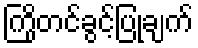
ကြိုတင်ခွင့်ပြုချက်